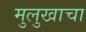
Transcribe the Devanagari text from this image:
मुलुखाचा